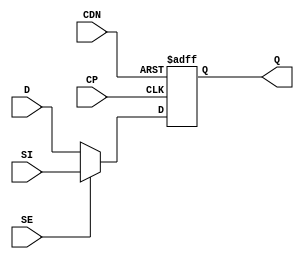
// This program was cloned from: https://github.com/TILOS-AI-Institute/MacroPlacement
// License: BSD 3-Clause "New" or "Revised" License

// ================================================================
// NVDLA Open Source Project
//
// Copyright(c) 2016 - 2017 NVIDIA Corporation. Licensed under the
// NVDLA Open Hardware License; Check "LICENSE" which comes with
// this distribution for more information.
// ================================================================
module SDFCNQD1 (
  SI
 ,D
 ,SE
 ,CP
 ,CDN
 ,Q
 );
input SI ;
input D ;
input SE ;
input CP ;
input CDN ;
output Q ;
reg Q;
assign sel = SE ? SI : D;
always @(posedge CP or negedge CDN)
begin
    if(~CDN)
        Q <= 1'b0;
    else
        Q <= sel;
end
endmodule